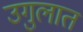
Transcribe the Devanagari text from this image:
उगुलात